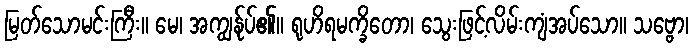
မြတ်သောမင်းကြီး။ မေ၊ အကျွန်ုပ်၏။ ရုဟိရမက္ခိတော၊ သွေးဖြင့်လိမ်းကျံအပ်သော။ သဗ္ဗော၊